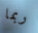
ربما